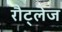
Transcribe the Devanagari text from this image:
रौट्लेज